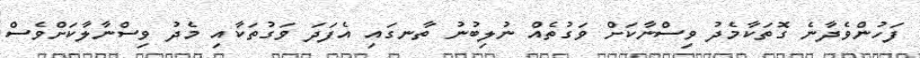
ފަހުންވެދާނެ ގޮތަކާމެދު ވިސްނާކަށް ވަގުތެއް ނުލިބުނު ތާނގައި އެފަދަ ވަގުތަކާއި މެދު ވިސްނާލާކަށްވެސް